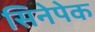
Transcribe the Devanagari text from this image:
सिनेपेक